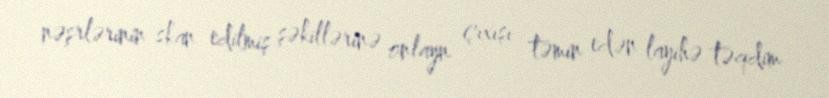
nəşrlərinin skan edilmiş şəkillərinə onlayn çıxışı təmin edən layihə təqdim